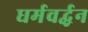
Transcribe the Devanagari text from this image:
धर्मवर्द्धन